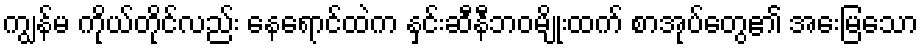
ကျွန်မ ကိုယ်တိုင်လည်း နေရောင်ထဲက နှင်းဆီနီဘဝမျိုးထက် စာအုပ်တွေ၏ အေးမြသော